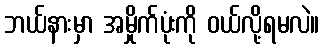
ဘယ်နားမှာ အမှိုက်ပုံးကို ဝယ်လို့ရမလဲ။